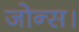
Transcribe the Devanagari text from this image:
जोन्स।